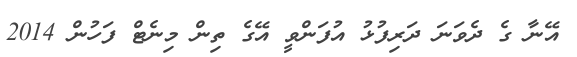
އޭނާ ގެ ދެވަނަ ދަރިފުޅު އުފަންވީ އޭގެ ތިން މިނެޓް ފަހުން 2014